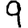
Digit: 9